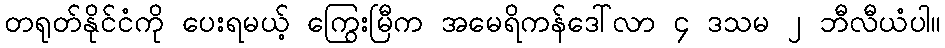
တရုတ်နိုင်ငံကို ပေးရမယ့် ကြွေးမြီက အမေရိကန်ဒေါ်လာ ၄ ဒသမ ၂ ဘီလီယံပါ။